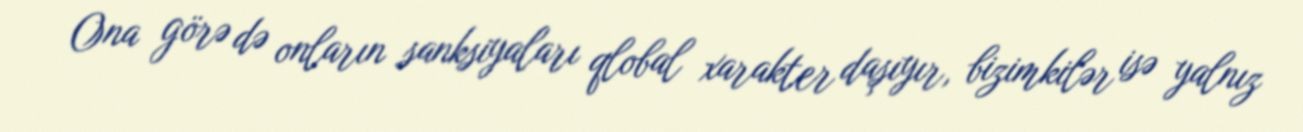
Ona görə də onların sanksiyaları qlobal xarakter daşıyır, bizimkilər isə yalnız